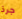
جرذ